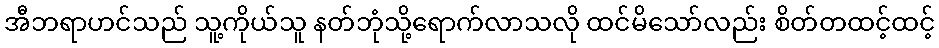
အီဘရာဟင်သည် သူ့ကိုယ်သူ နတ်ဘုံသို့ရောက်လာသလို ထင်မိသော်လည်း စိတ်တထင့်ထင့်